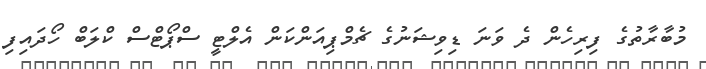
މުބާރާތުގެ ފިރިހެން ދެ ވަނަ ޑިވިޝަނުގެ ޗެމްޕިއަންކަން އެލްޓީ ސްޕޯޓްސް ކްލަބް ހޯދައިފި